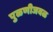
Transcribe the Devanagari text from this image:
पुळणीजवळ